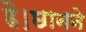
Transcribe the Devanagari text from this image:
है।छानने